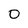
Character: 0